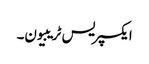
ایکسپریس ٹریبیون۔